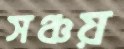
সঞ্চয়